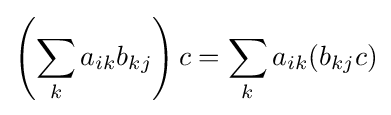
\left(\sum _{k}a_{ik}b_{kj}\right)c=\sum _{k}a_{ik}(b_{kj}c)